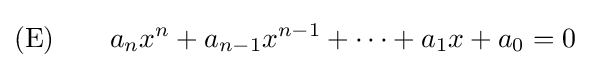
(\mathrm {E} )\qquad a_{n}x^{n}+a_{n-1}x^{n-1}+\dots +a_{1}x+a_{0}=0